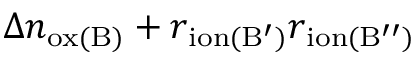
\Delta n _ { \mathrm { o x ( B ) } } + r _ { \mathrm { i o n ( B ^ { \prime } ) } } r _ { \mathrm { i o n ( B ^ { \prime \prime } ) } }